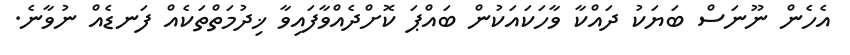
އެހެން ނޫނަސް ބަޔަކު ދައްކާ ވާހަކައަކުން ބައްޕަ ކޮށްދެއްވާފައިވާ ޚިދުމަތްތަކެއް ފަނޑެއް ނުވާނެ.